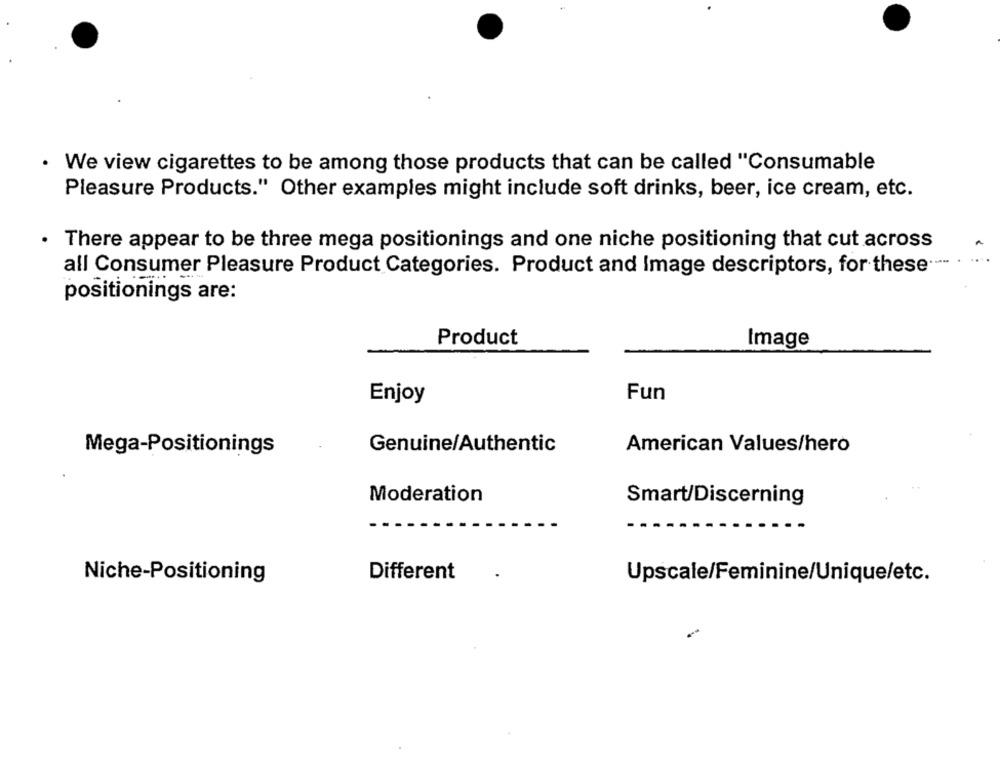
· We view cigarettes to be among those products that can be called "Consumable
Pleasure Products." Other examples might include soft drinks, beer, ice cream, etc.
. There appear to be three mega positionings and one niche positioning that cut across
all Consumer Pleasure Product Categories. Product and Image descriptors, for these ... .
positionings are:
Product
Image
Fun
Enjoy
Mega-Positionings
Genuine/Authentic
American Values/hero
Moderation
Smart/Discerning
Different
Niche-Positioning
Upscale/Feminine/Unique/etc.